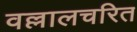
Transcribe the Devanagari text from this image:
वल्लालचरित